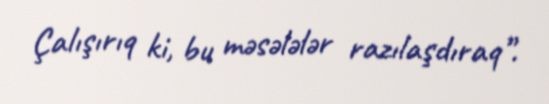
Çalışırıq ki, bu məsələlər razılaşdıraq”.